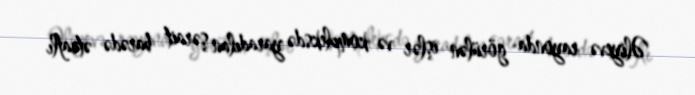
Əliyevə rayonda görülən işlər və kompleksdə yaradılan şərait barədə ətraflı